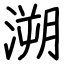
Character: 溯